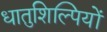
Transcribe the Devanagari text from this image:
धातुशिल्पियों